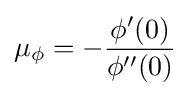
\mu _{\phi }=-{\frac {\phi '(0)}{\phi ''(0)}}